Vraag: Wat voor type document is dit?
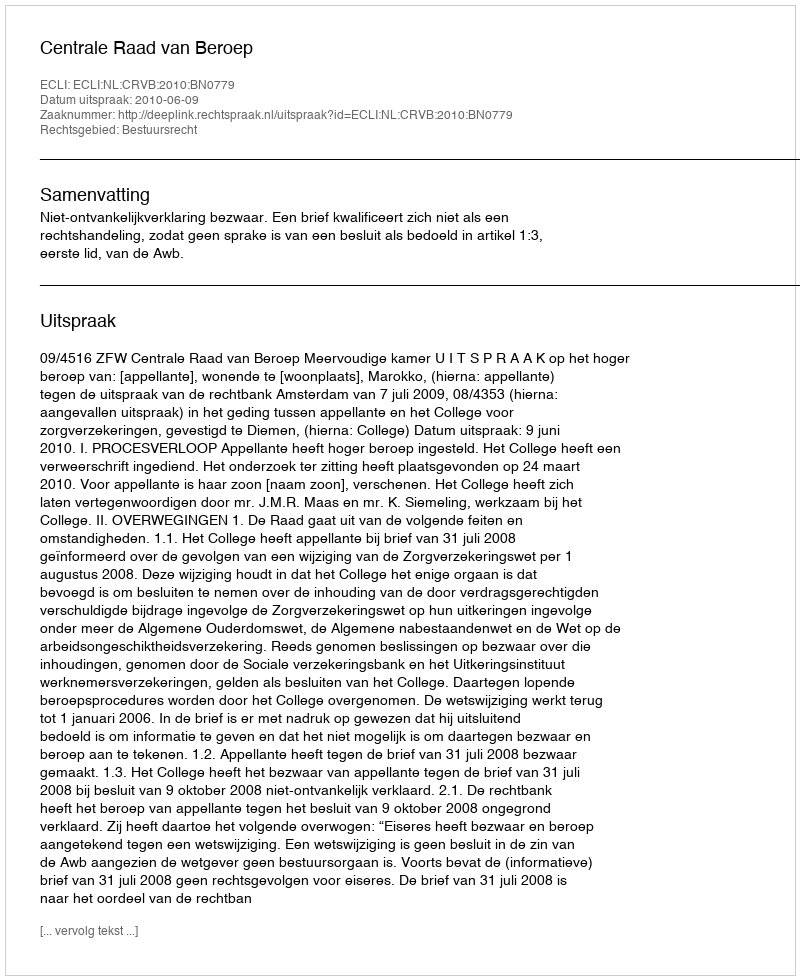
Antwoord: Uitspraak